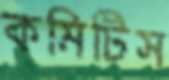
কমিটিস